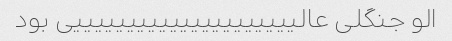
الو جنگلی عالیییییییییییییییییییییی بود